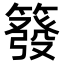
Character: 𥳊